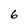
Character: 6